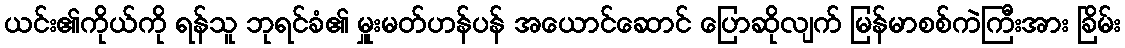
ယင်း၏ကိုယ်ကို ရန်သူ ဘုရင်ခံ၏ မှူးမတ်ဟန်ပန် အယောင်ဆောင် ပြောဆိုလျက် မြန်မာစစ်ကဲကြီးအား ခြိမ်း